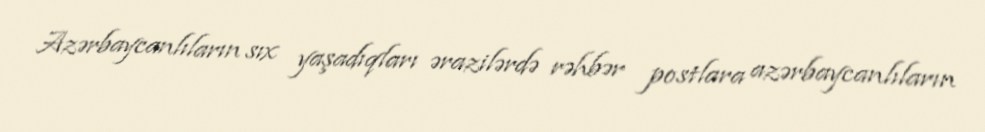
Azərbaycanlıların sıx yaşadıqları ərazilərdə rəhbər postlara azərbaycanlıların